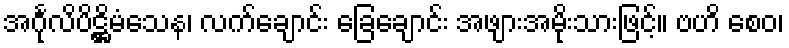
အင်္ဂုလိပိဋ္ဌိမံသေန၊ လက်ချောင်း ခြေချောင်း အဖျားအမိုးသားဖြင့်။ ဗဟိ စေဝ၊